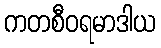
ကတစီဝရမာဒါယ